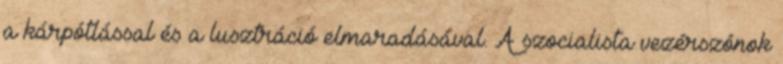
a kárpótlással és a lusztráció elmaradásával. A szocialista vezérszónok